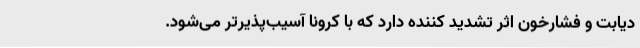
دیابت و فشارخون اثر تشدید کننده دارد که با کرونا آسیب‌پذیرتر می‌شود.